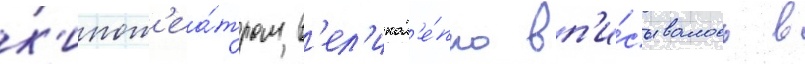
к'инот'еа́тром в'ел'икол'е́пно вп'и́сывалось в